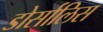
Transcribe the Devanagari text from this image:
डोर्सालिस